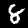
Digit: 8